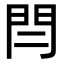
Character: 𨳎